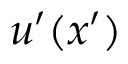
u ^ { \prime } ( x ^ { \prime } )